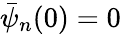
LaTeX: \bar{\psi}_{n}(0)=0